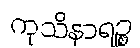
ကုသိနာရဉ္စ